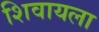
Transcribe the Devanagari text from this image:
शिवायला